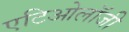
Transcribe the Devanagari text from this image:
एटिओलॉजी